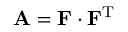
\mathbf { A } = \mathbf { F } \cdot \mathbf { F } ^ { \mathrm { T } }